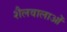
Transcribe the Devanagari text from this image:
शैलवालाओं